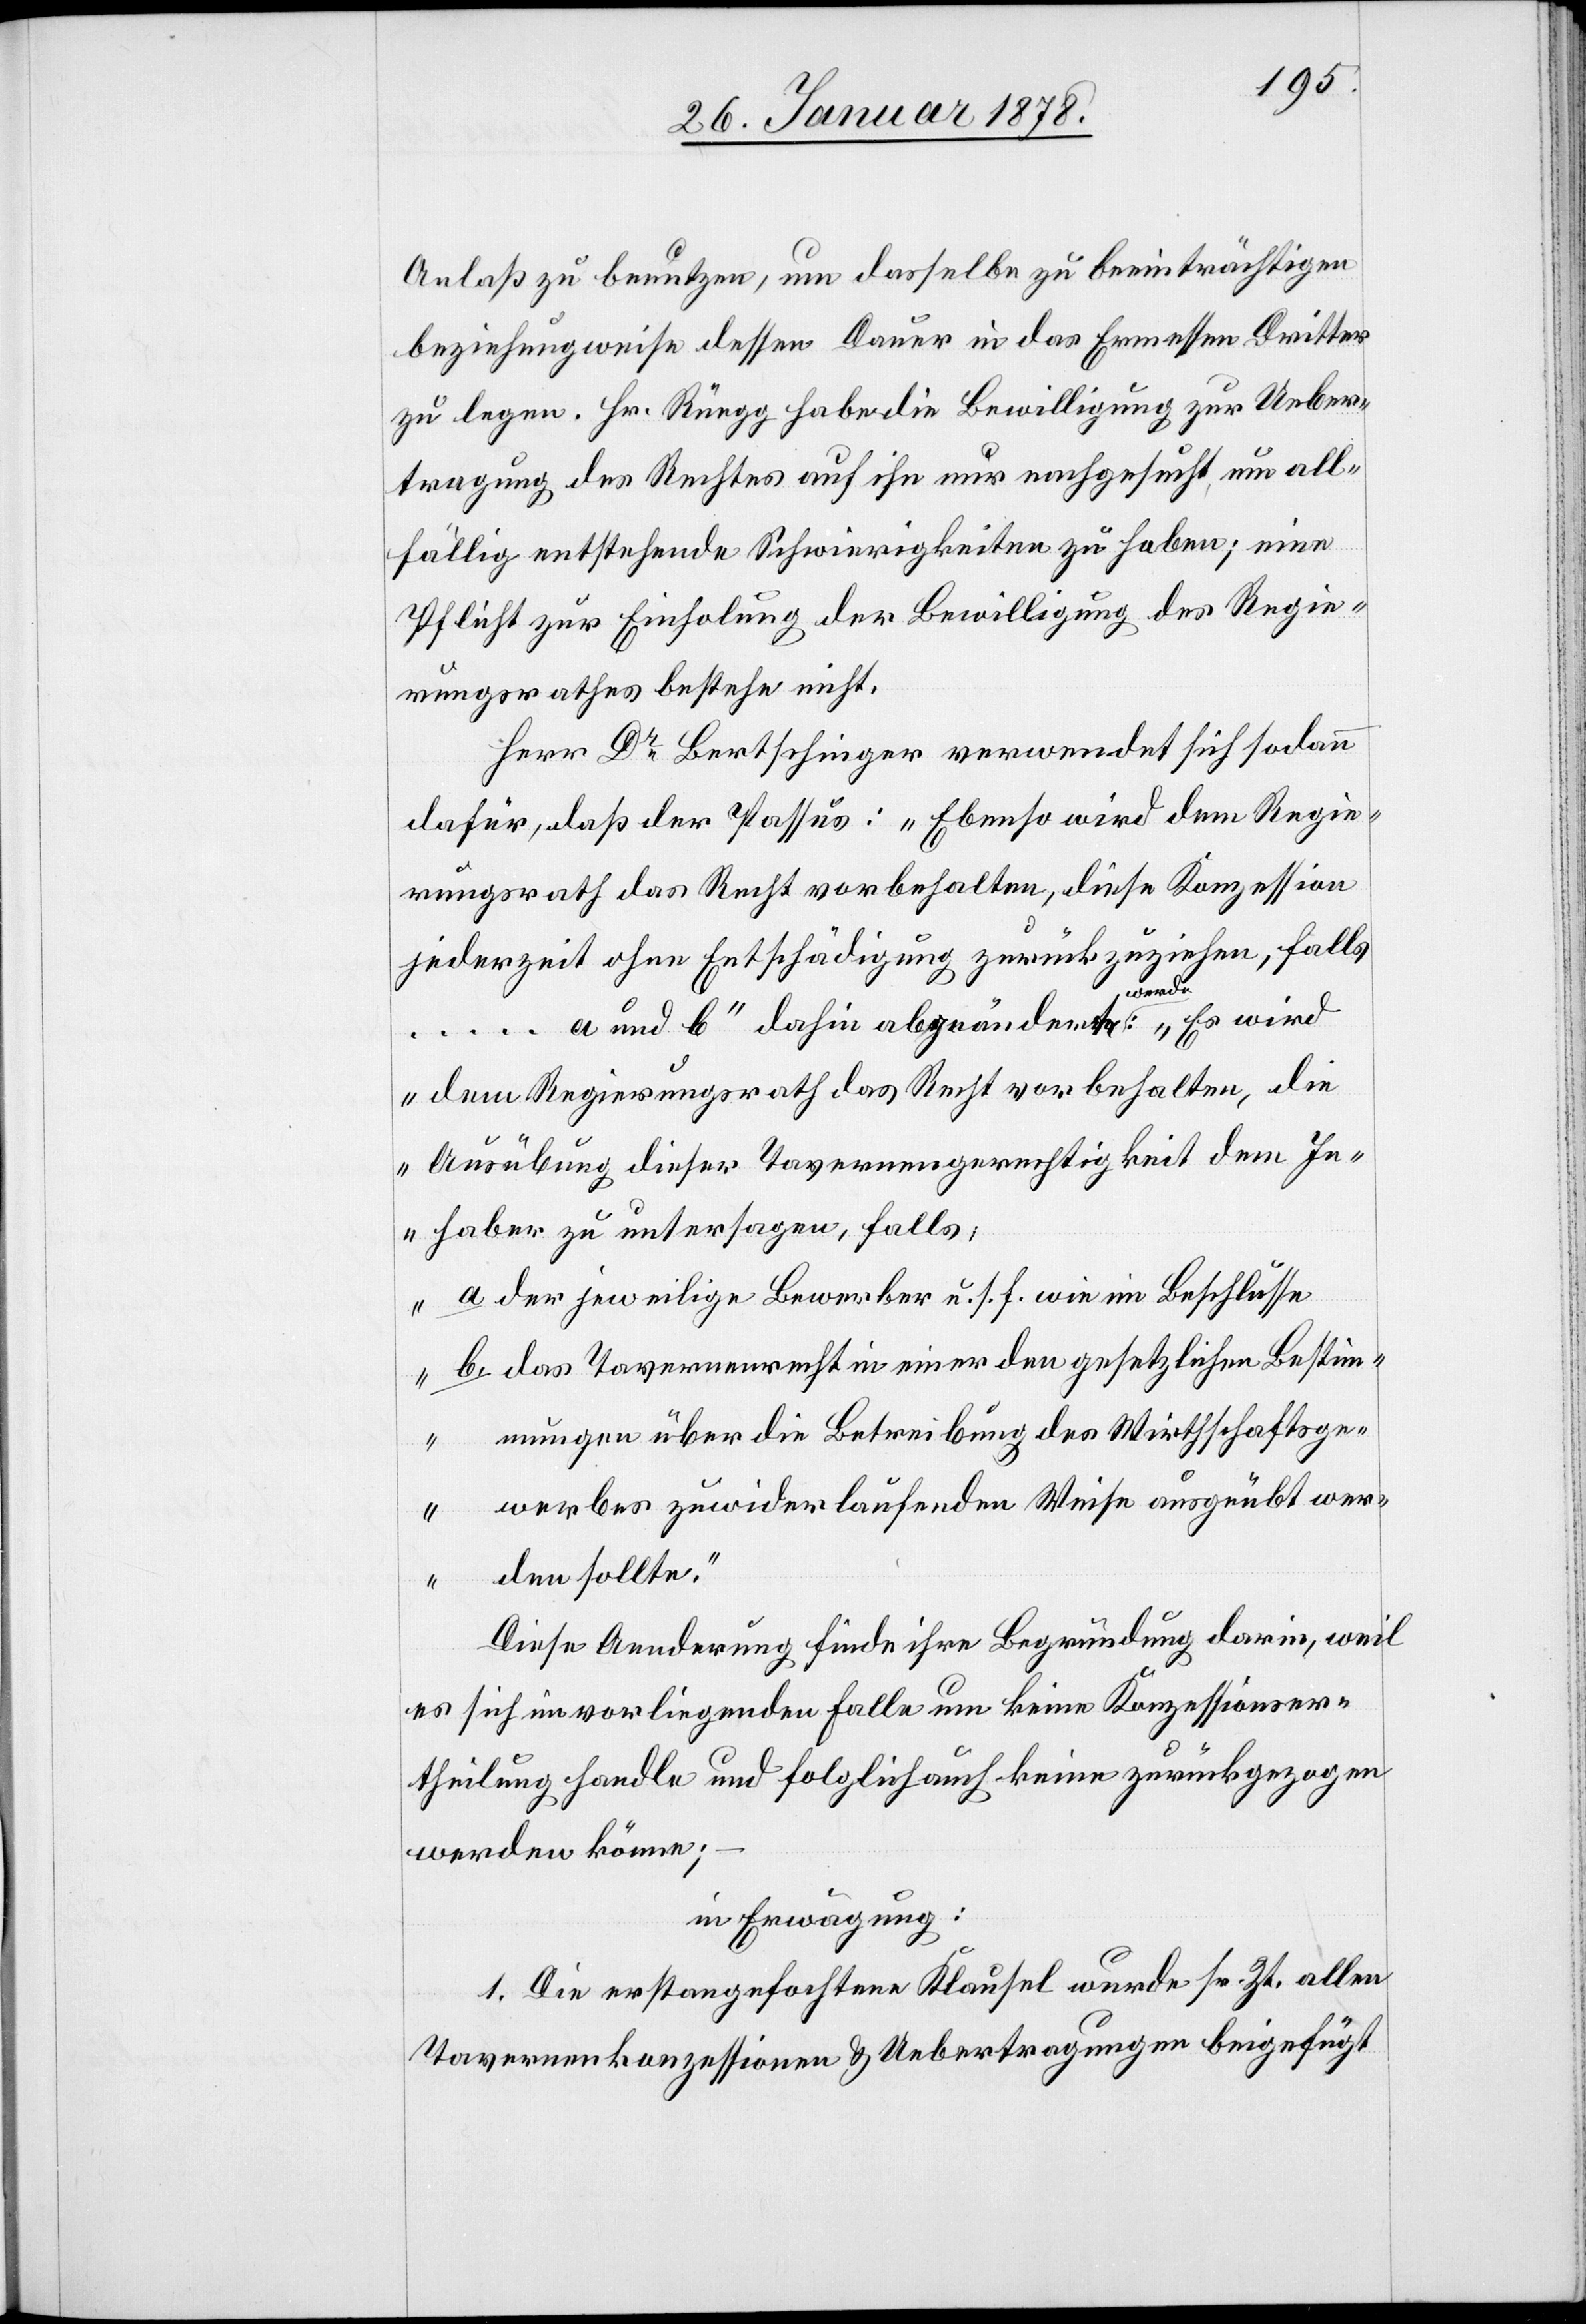
Anlaß zu benutzen, um dasselbe zu beeinträchtigen
beziehungsweise dessen Dauer in das Ermessen Dritter
zu legen. Hr. Rüegg habe die Bewilligung zur Ueber¬
tragung des Rechtes auf ihn nur nachgesucht, um all¬
fällig entstehende Schwierigkeiten zu heben; eine
Pflicht zur Einholung der Bewilligung des Regie¬
rungsrathes bestehe nicht.
Herr Dr. Bertschinger verwendet sich sodann
dafür, daß der Passus: „Ebenso wird dem Regie¬
rungsrath das Recht vorbehalten, diese Konzession
jederzeit ohne Entschädigung zurückzuziehen, falls
… a und b“ dahin abgeändert werde: „Es wird
dem Regierungsrath das Recht vorbehalten, die
Ausübung dieser Tavernengerechtigkeit dem In¬
haber zu untersagen, falls,
a. der jeweilige Bewerber u. s. f. wie im Beschlusse
b. das Tavernenrecht in einer den gesetzlichen Bestim¬
mungen über die Betreibung des Wirthschaftsge¬
werbes zuwiderlaufenden Weise ausgeübt wer¬
den sollte.“
Diese Anwendung finde ihre Begründung darin, weil
es sich im vorliegenden Falle um keine Konzessionser¬
theilung handle und folglich auch keine zurückgezogen
werden könne;
in Erwägung:
1. Die erstangefochtene Klausel wurde sr. Zt. allen
Tavernenkonzessionen & Uebertragungen beigefügt